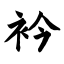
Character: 衿